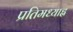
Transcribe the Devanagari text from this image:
प्रतिमध्याह्न